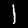
Label: 1